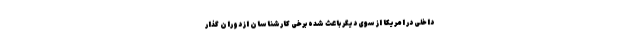
داخلی در امریکا از سوی دیگر باعث شده برخی کارشناسان از دوران گذار